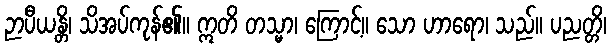
ဉာပီယန္တိ၊ သိအပ်ကုန်၏။ ဣတိ တသ္မာ၊ ကြောင့်။ သော ဟာရော၊ သည်။ ပညတ္တိ၊